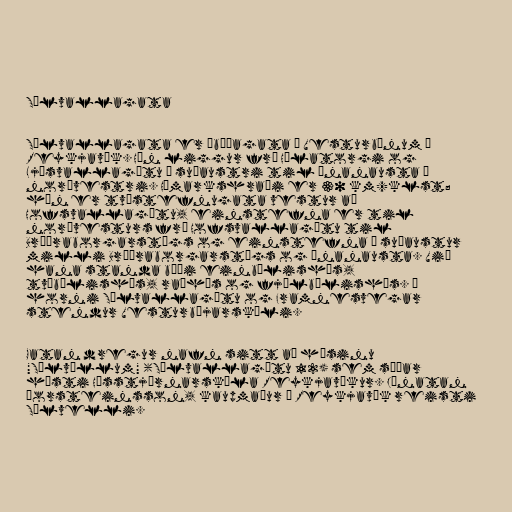
Sólvallagata

Sólvallagata er íbúðagata í Vesturbænum í
Reykjavík. Hún liggur frá Hólatorgi og
Ljósvallagötu í suðaustri til Ánanausta í
norðvestri. Hámarkshraði er 30 km/klst;
hún er tvístefnugata vestur að
Hofsvallagötu, einstefna er til
norðvesturs frá Hofsvallagötu til
Bræðraborgarstígs og einstefna í suðaustur
milli Bræðraborgarstígs og Ánanausta. Við
hana standa bæði einbýlishús,
tvíbýlishús, raðhús og fjölbýlishús. Á
horni Sólvallagötu og Framnesvegar
stendur Vesturbæjarskóli.

Gatan dregur nafn sitt að húsinu
"Sólvöllum" (Sólvallagötu 12) sem síðar
hýsti Hússtjórnarskóla Reykjavíkur. Jónatan
Þorsteinsson, kaupmaður í Reykjavík reisti
Sólvelli.